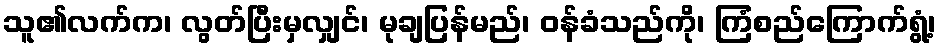
သူ၏လက်က၊ လွတ်ပြီးမှလျှင်၊ မုချပြန်မည်၊ ဝန်ခံသည်ကို၊ ကြံစည်ကြောက်ရွံ့၊